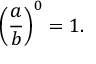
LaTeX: \left( { \frac { a } { b } } \right) ^ { 0 } = 1 .